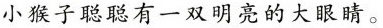
小猴子聪聪有一双明亮的大眼睛。